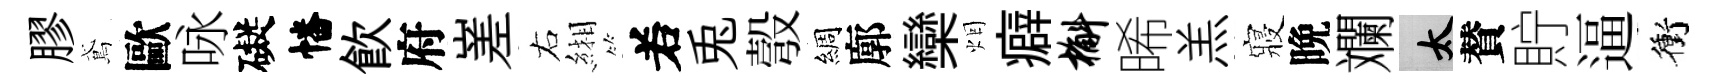
膠鳶歐咏礙幡飮府嵳右緗𠰥兎彀綢廓欒烟癖槲晞羔寢晩斕太賛貯逼衝